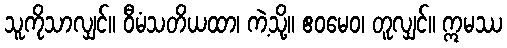
သူကိုသာလျှင်။ ဝီမံသတိယထာ၊ ကဲ့သို့။ ဧဝမေဝ၊ တူလျှင်။ ဣမဿ